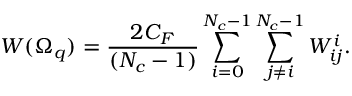
W ( \Omega _ { q } ) = \frac { 2 C _ { F } } { ( N _ { c } - 1 ) } \sum _ { i = 0 } ^ { N _ { c } - 1 } \sum _ { j \neq i } ^ { N _ { c } - 1 } W _ { i j } ^ { i } .